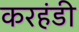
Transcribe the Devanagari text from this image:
करहंडी